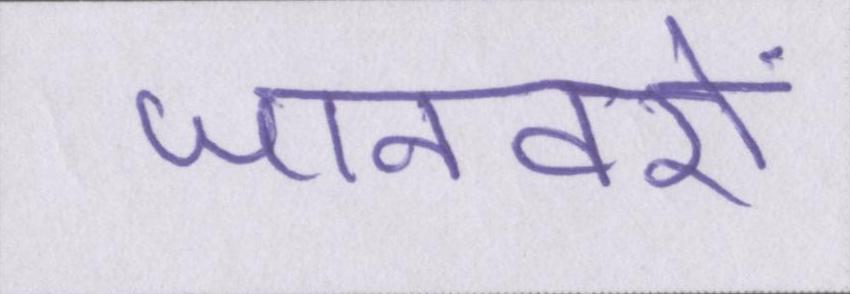
जानवरों